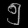
Digit: ၅